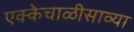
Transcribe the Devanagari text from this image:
एक्केचाळीसाव्या